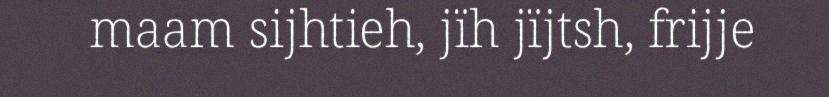
maam sijhtieh, jïh jïjtsh, frijje